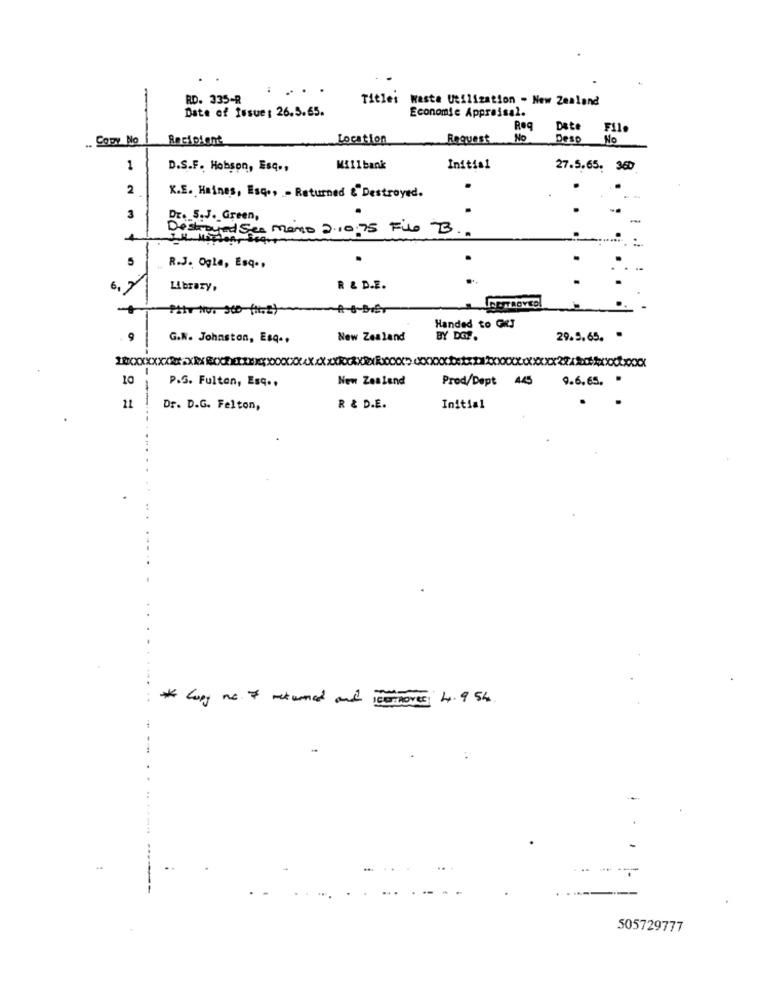
RD. 335-R
Title: waste Utilization - New Zealand
Date of Issue: 26.5.65.
Economie Appraisal.
Req
Date File
Copy No
Recipient
Location
Request
No
Deso No
1
D.S.F. Hobson, Esq .,
Millbank
Initial
27.5.65. 360
2
K.E. Haines, Esq ., - Returned &" Destroyed.
-
3
DE. S.J. Green,
Desti's
SoundSea mano 2.10:75 File B ..
4
5
R.J. Ogla, Esq .,
6,
Library.
R & D.E.
Handed to GET
9
G.W. Johnston, Esq ..
New Zealand
BY DET.
29.5.65. .
-
10
New Zealand
Prod/Dept 445
9.6.65.
P.S. Fulton, Esq ..
Dr. D.G. Felton,
R & D.E.
Initial
* Copy no & mekumed and is
ICONTROVES: 4.954
----
505729777